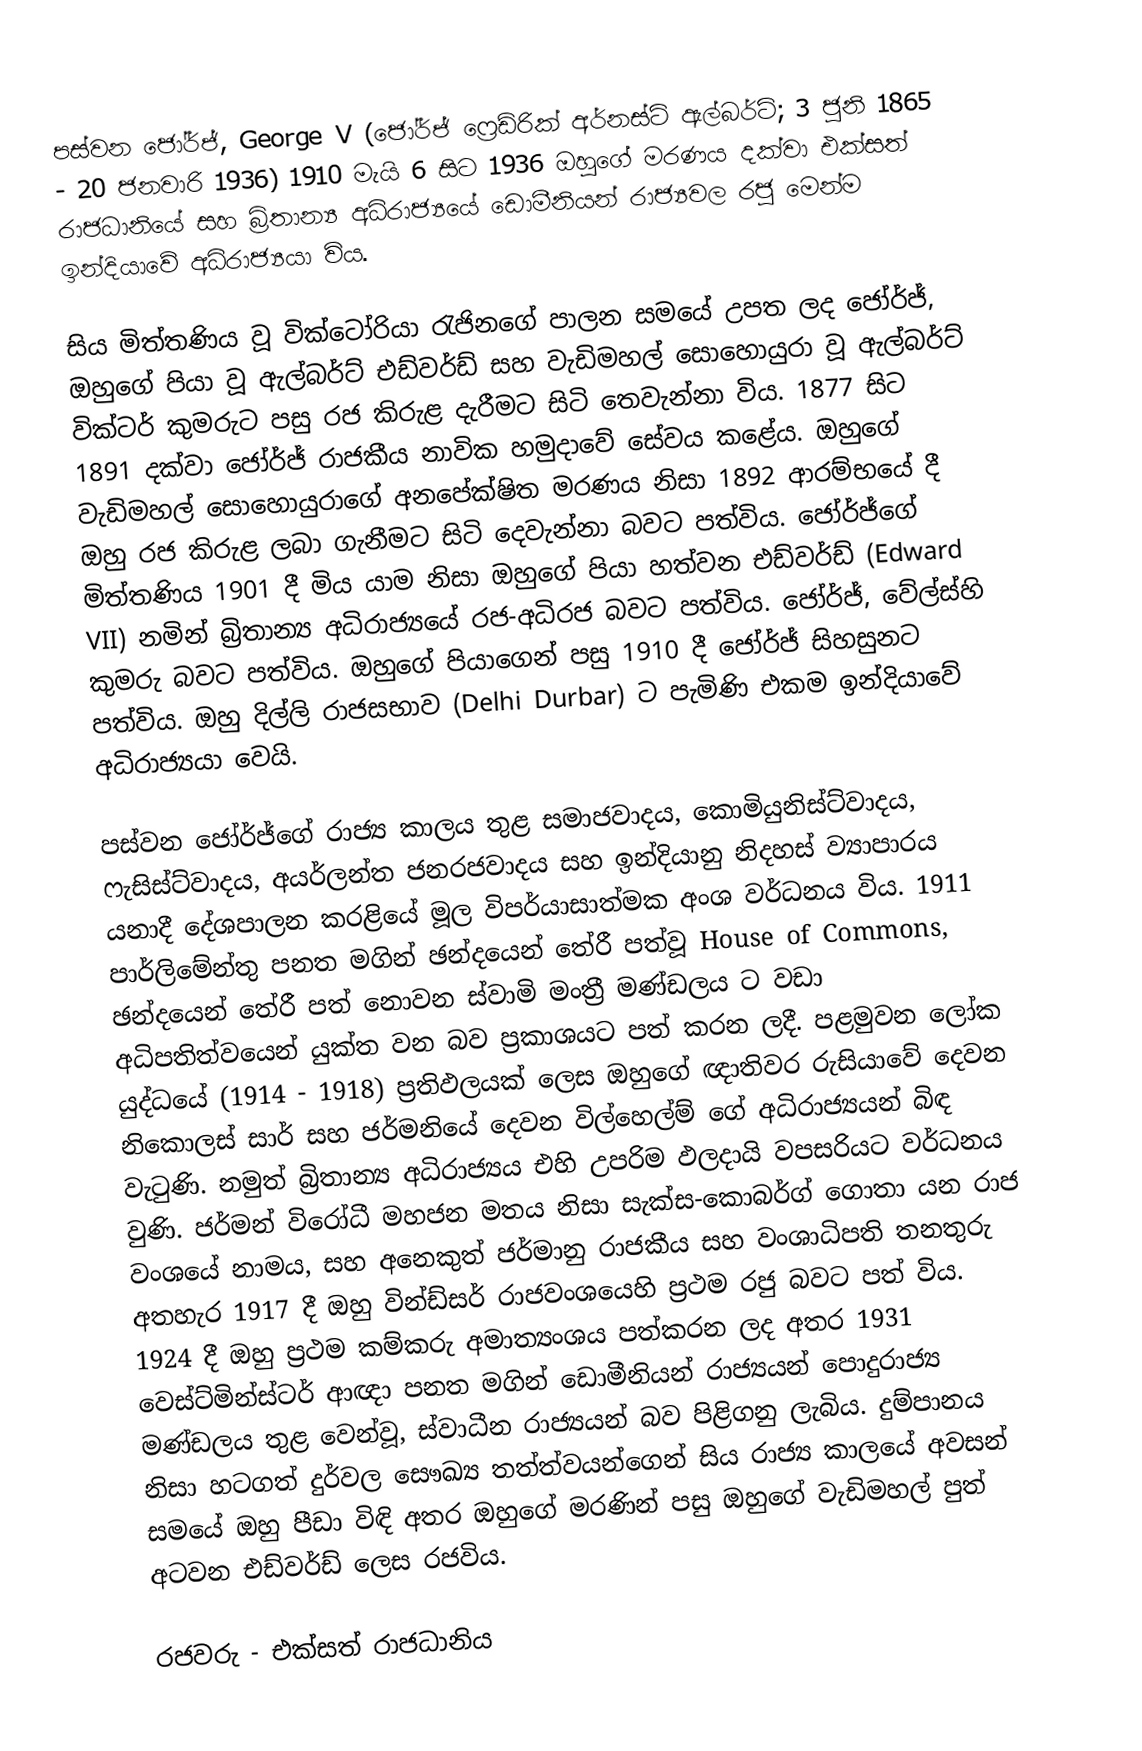
පස්වන ජෝර්ජ්, George V (ජෝර්ජ් ෆ්‍රෙඩ්රික් අර්නස්ට් ඇල්බර්ට්; 3 ජුනි 1865 - 20 ජනවාරි 1936) 1910 මැයි 6 සිට 1936 ඔහුගේ මරණය දක්වා එක්සත් රාජධානියේ සහ බ්‍රිතාන්‍ය අධිරාජ්‍යයේ ඩොමීනියන් රාජ්‍යවල රජු මෙන්ම ඉන්දියාවේ අධිරාජ්‍යයා විය.

සිය මිත්තණිය වූ වික්ටෝරියා රැජිනගේ පාලන සමයේ උපත ලද ජෝර්ජ්, ඔහුගේ පියා වූ ඇල්බර්ට් එඩ්වර්ඩ් සහ වැඩිමහල් සොහොයුරා වූ ඇල්බර්ට් වික්ටර් කුමරුට පසු රජ කිරුළ දැරීමට සිටි තෙවැන්නා විය. 1877 සිට 1891 දක්වා ජෝර්ජ් රාජකීය නාවික හමුදාවේ සේවය කළේය. ඔහුගේ වැඩිමහල් සොහොයුරාගේ අනපේක්ෂිත මරණය නිසා 1892 ආරම්භයේ දී ඔහු රජ කිරුළ ලබා ගැනීමට සිටි දෙවැන්නා බවට පත්විය. ජෝර්ජ්ගේ මිත්තණිය 1901 දී මිය යාම නිසා ඔහුගේ පියා හත්වන එඩ්වර්ඩ් (Edward VII) නමින් බ්‍රිතාන්‍ය අධිරාජ්‍යයේ රජ-අධිරජ බවට පත්විය. ජෝර්ජ්, වේල්ස්හි කුමරු බවට පත්විය. ඔහුගේ පියාගෙන් පසු 1910 දී ජෝර්ජ් සිහසුනට පත්විය. ඔහු දිල්ලි රාජසභාව (Delhi Durbar) ට පැමිණි එකම ඉන්දියාවේ අධිරාජ්‍යයා වෙයි.

පස්වන ජෝර්ජ්ගේ රාජ්‍ය කාලය තුළ සමාජවාදය, කොමියුනිස්ට්වාදය, ෆැසිස්ට්වාදය, අයර්ලන්ත ජනරජවාදය සහ ඉන්දියානු නිදහස් ව්‍යාපාරය යනාදී දේශපාලන කරළියේ මූල විපර්යාසාත්මක අංශ වර්ධනය විය. 1911 පාර්ලිමේන්තු පනත මගින් ඡන්දයෙන් තේරී පත්වූ House of Commons, ඡන්දයෙන් තේරී පත් නොවන ස්වාමි මංත්‍රී මණ්ඩලය ට වඩා අධිපතිත්වයෙන් යුක්ත වන බව ප්‍රකාශයට පත් කරන ලදී. පළමුවන ලෝක යුද්ධයේ (1914 - 1918) ප්‍රතිඵලයක් ලෙස ඔහුගේ ඥාතිවර රුසියාවේ දෙවන නිකොලස් සාර් සහ ජර්මනියේ දෙවන විල්හෙල්ම් ගේ අධිරාජ්‍යයන් බිඳ වැටුණි. නමුත් බ්‍රිතාන්‍ය අධිරාජ්‍යය එහි උපරිම ඵලදායි වපසරියට වර්ධනය වුණි. ජර්මන් විරෝධී මහජන මතය නිසා සැක්ස-කොබර්ග් ගොතා යන රාජ වංශයේ නාමය, සහ අනෙකුත් ජර්මානු රාජකීය සහ වංශාධිපති තනතුරු අතහැර 1917 දී ඔහු වින්ඩ්සර් රාජවංශයෙහි ප්‍රථම රජු බවට පත් විය. 1924 දී ඔහු ප්‍රථම කම්කරු අමාත්‍යංශය පත්කරන ලද අතර 1931 වෙස්ට්මින්ස්ටර් ආඥා පනත මගින් ඩොමීනියන් රාජ්‍යයන් පොදුරාජ්‍ය මණ්ඩලය තුළ වෙන්වූ, ස්වාධීන රාජ්‍යයන් බව පිළිගනු ලැබිය. දුම්පානය නිසා හටගත් දුර්වල සෞඛ්‍ය තත්ත්වයන්ගෙන් සිය රාජ්‍ය කාලයේ අවසන් සමයේ ඔහු පීඩා විඳි අතර ඔහුගේ මරණින් පසු ඔහුගේ වැඩිමහල් පුත් අටවන එඩ්වර්ඩ් ලෙස රජවිය.

රජවරු - එක්සත් රාජධානිය